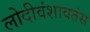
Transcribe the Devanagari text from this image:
लोदीवंशावतंस